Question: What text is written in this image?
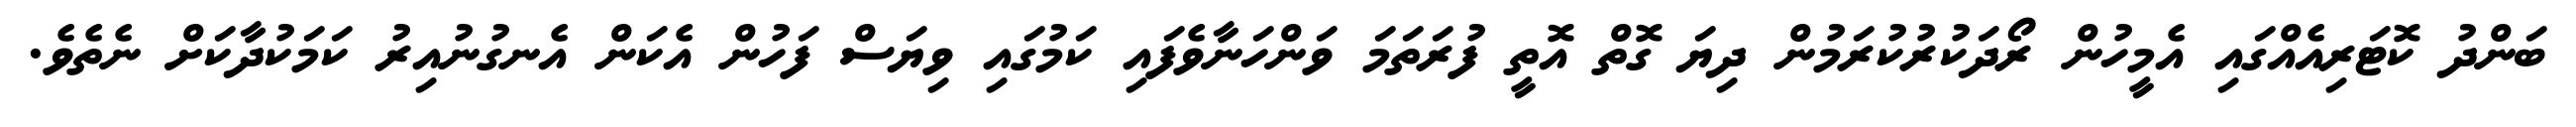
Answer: ބަންދު ކޮޓަރިއެއްގައި އެމީހުން ރޯދަކުރުކުރަމުން ދިޔަ ގޮތް އޮތީ ފުރަތަމަ ވަންހަނާވެފައި ކަމުގައި ވިޔަސް ފަހުން އެކަން އެނގުނުއިރު ކަމަކުދާކަށް ނެތެވެ.